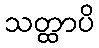
သတ္ထာပိ